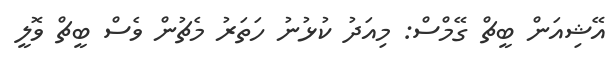
އޭޝިއަން ބީޗް ގޭމްސް: މިއަދު ކުޅުނު ހަތަރު މެޗުން ވެސް ބީޗް ވޮލީ